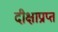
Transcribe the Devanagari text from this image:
दीक्षाप्राप्त